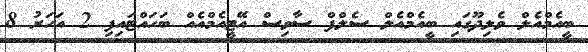
ބީއެމްއެލް ވެލިދޫގައި ބީއެމްއެލް ސެލްފް ސާވިސް އޭޓީއެމްއެއް ބަހައްޓައިފި 2 އަހަރު 8